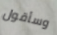
وسأقول